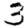
Digit: 3